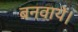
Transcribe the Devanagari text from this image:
बनवायें।